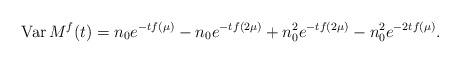
LaTeX: \begin{align*}\textrm{Var} \,M^f(t)= n_0 e^{-tf(\mu)}-n_0 e^{-tf(2 \mu)} + n_0^2 e^{-t f(2 \mu)} -n_0 ^2 e^{-2t f(\mu)}.\end{align*}